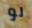
لو